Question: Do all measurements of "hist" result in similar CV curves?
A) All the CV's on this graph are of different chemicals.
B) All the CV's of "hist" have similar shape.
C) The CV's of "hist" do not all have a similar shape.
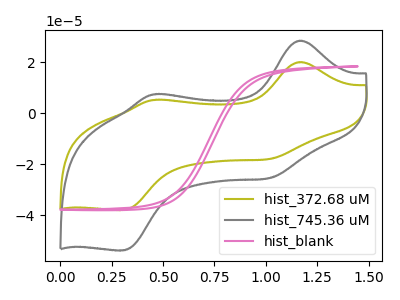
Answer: <think>The olive curve "hist_372.68 uM" has anodic peaks at (1.15V, 20.15uA) (0.45V, 5.25uA) and cathodic peaks at (1.00V, -18.00uA) (0.30V, -38.00uA). The gray curve "hist_745.36 uM" has anodic peaks at (1.15V, 28.55uA) (0.45V, 7.45uA) and cathodic peaks at (1.00V, -25.50uA) (0.30V, -53.90uA). The pink curve "hist_blank" has no peaks.
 All the peaks in "hist_372.68 uM" have a peak in "hist_745.36 uM" at the same potential. Every peak in "hist_372.68 uM" is lower than every peak in "hist_745.36 uM". "hist_372.68 uM" and "hist_blank" have a different number of peaks. "hist_745.36 uM" and "hist_blank" have a different number of peaks.</think>
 <answer>B) All the CV's of "hist" have similar shape.</answer>
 <eval>B</eval>